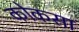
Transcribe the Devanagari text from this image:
कोकसा